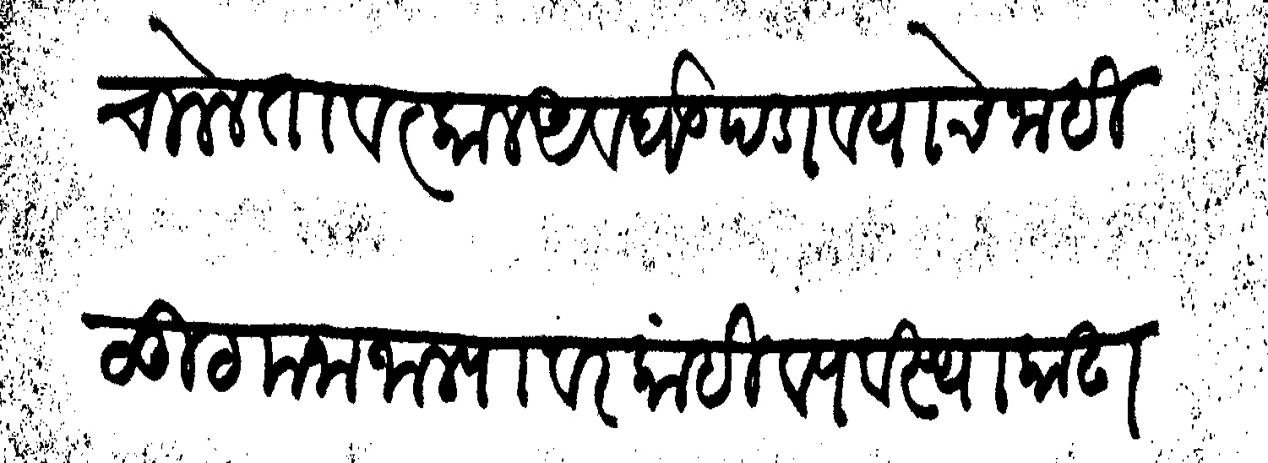
Transliteration (Devanagari): चालेल तावत्काल अवघड पडावयाचे नाही लूट मना जाल्यावर कांही व्यवस्था काढावी